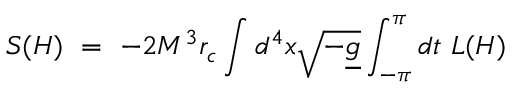
S ( H ) \ = \ - 2 M ^ { 3 } r _ { c } \int d ^ { 4 } x \sqrt { - \underline { { { g } } } } \int _ { - \pi } ^ { \pi } d t \ L ( H )